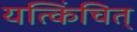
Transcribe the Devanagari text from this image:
यत्किंचित्‌